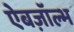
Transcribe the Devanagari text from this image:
ऐबज़ॉल्भ